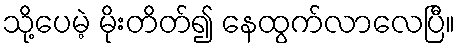
သို့ပေမဲ့ မိုးတိတ်၍ နေထွက်လာလေပြီ။